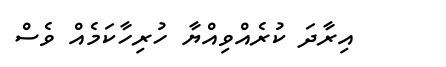
އިރާދަ ކުރެއްވިއްޔާ ހުރިހާކަމެއް ވެސް